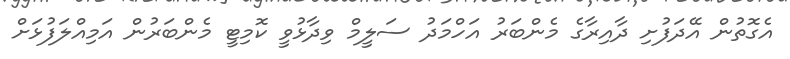
އެގޮތުން އޭދަފުށި ދާއިރާގެ މެންބަރު އަހްމަދު ސަލީމް ވިދާޅުވީ ކޮމިޓީ މެންބަރުން އަމިއްލަފުޅަށް